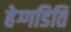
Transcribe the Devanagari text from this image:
हेग्गडिति